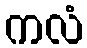
ကလံ